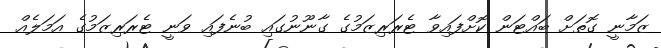
ޒަމާނީ ގޮތަށް ބައްޓަން ކޮށްފައިވާ ޓެރަރިޒަމުގެ ގާނޫނުގައި ބުނެފައި ވަނީ ޓެރަރިޒަމުގެ އަމަލެއް